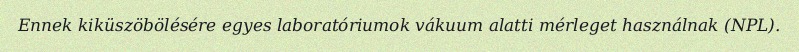
Ennek kiküszöbölésére egyes laboratóriumok vákuum alatti mérleget használnak (NPL).